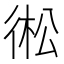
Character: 𢔋